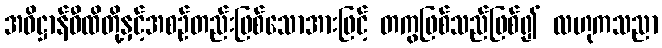
အဓိဋ္ဌာန်ဝီထိတို့နှင့်အစဉ်တည်းဖြစ်သောအားဖြင့် တကွဖြစ်သည်ဖြစ်၍ လဟုကသညာ